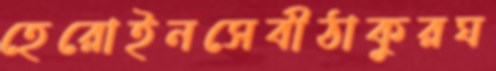
হেরোইনসেবীঠাকুরঘ